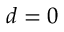
d = 0